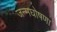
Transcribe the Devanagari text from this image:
जन्मघोषणा